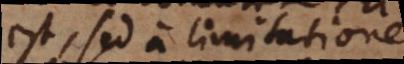
est, sed a limitatione